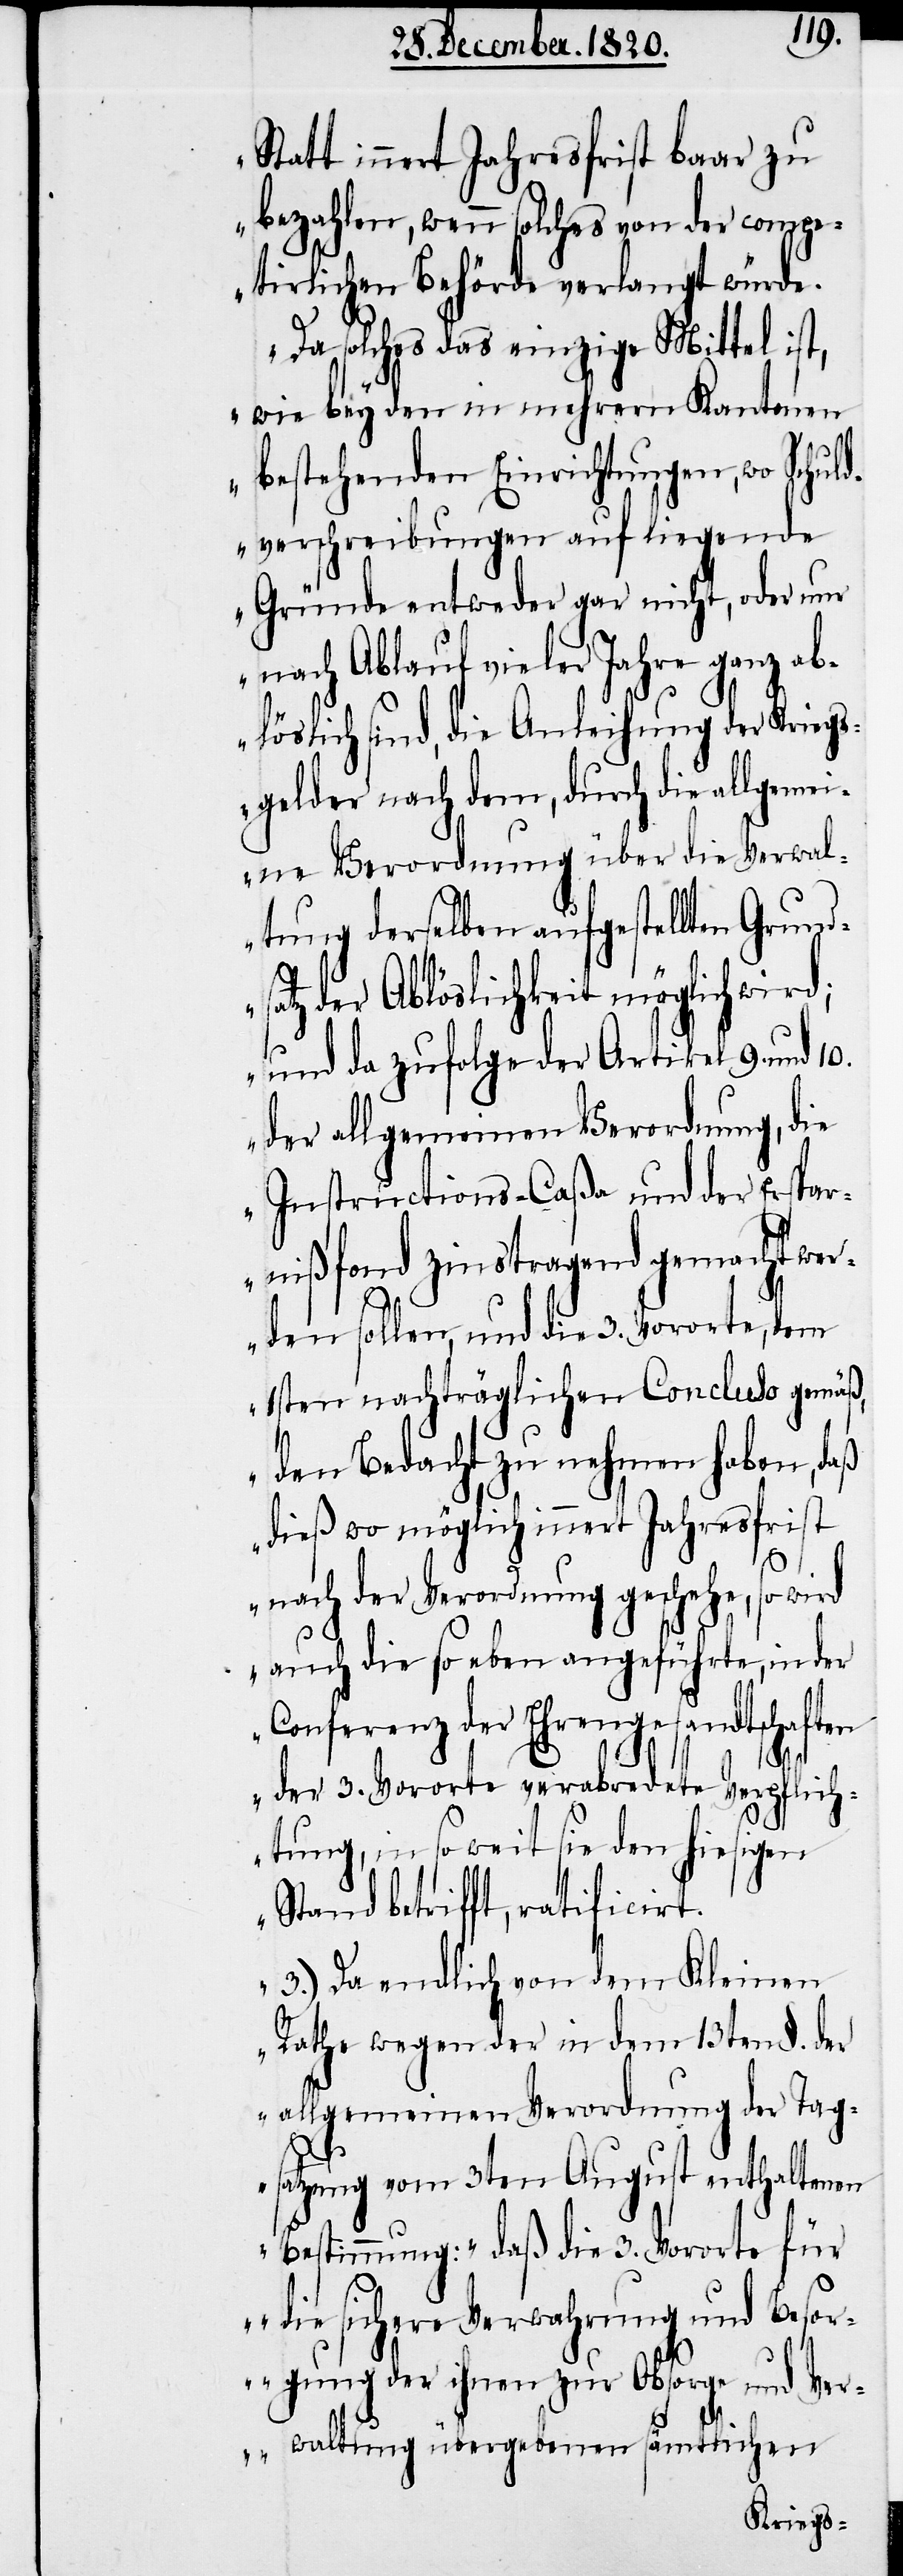
10.
Statt innert Jahresfrist baar zu
bezahlen, wenn solches von der compe¬
tirlichen Behörde verlangt würde.
Da solches das einzige Mittel ist,
wie bey den in mehrern Kantonen
bestehenden Einrichtungen, wo Schuld¬
verschreibungen auf liegende
Gründe entweder gar nicht, oder nur
nach Ablauf vieler Jahre ganz ab¬
löslich sind, die Anleihung der Krieg¬
sgelder nach dem, durch die allgemei¬
ne Verordnung über die Verwal¬
tung derselben aufgestellten Grund¬
satz der Ablöslichkeit möglich wird;
und da zufolge der Artikel 9. und
der allgemeinen Verordnung, die
Instructions-Caßa und der Erspar¬
nißfond zinstragend gemacht wer¬
den sollen, und die 3. Vororte, dem
1sten nachträglichen Concluso gemäß,
den Bedacht zu nehmen haben, daß
dieß wo möglich innert Jahresfrist
nach der Verordnung geschehe, so wird
auch die so eben angeführte, in der
Conferenz der Ehrengesandtschaften
der 3. Vororte verabredete Verpflich¬
tung, in so weit sie den hiesigen
Stand betrifft, ratificirt.
3.) Da endlich von dem Kleinen
Rathe wegen der in dem 13ten §. der
allgemeinen Verordnung der Tag¬
satzung vom 3ten August enthaltenen
Bestimmung: ‚daß die 3. Vororte für
die sichere Verwahrung und Besor¬
gung der ihnen zur Obsorge und Ver¬
waltung übergebenen sämtlichen